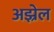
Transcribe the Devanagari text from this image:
अझ्रेल